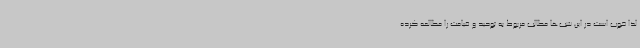
لذا خوب است در این شب‌ها مطالب مربوط به توحید و قیامت را مطالعه کرده